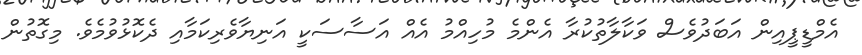
އެމްޑީޕީއިން އަބަދުވެސް ވަކާލާތުކުރާ އެންމެ މުހިއްމު އެއް އަސާސަކީ އަނިޔާވެރިކަމާއި ދެކޮޅުވުމެވެ. މިގޮތުން